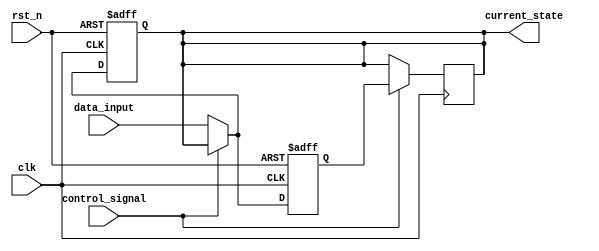
module hold_condition (
    input wire clk,               // Clock signal
    input wire rst_n,             // Active low reset signal
    input wire control_signal,     // Control signal to hold the output
    input wire [7:0] data_input,   // Data inputs (8-bit for example)
    output reg [7:0] current_state // Current state output
);

    // Internal state variable to hold the current output value
    reg [7:0] hold_value;

    always @(posedge clk or negedge rst_n) begin
        if (!rst_n) begin
            // Reset condition: set current state to zero
            current_state <= 8'b0;
            hold_value <= 8'b0;
        end else if (control_signal) begin
            // Hold condition: maintain the current state
            // Do not update current_state, just hold the value
            hold_value <= current_state; // Store the current state
        end else begin
            // Update condition: accept new data input
            current_state <= data_input;
            hold_value <= data_input; // Update hold_value with new input
        end
    end

    // Assign the current state output based on hold condition
    always @(posedge clk) begin
        if (control_signal) begin
            // If control signal is high, hold the current state
            current_state <= hold_value;
        end
    end

endmodule